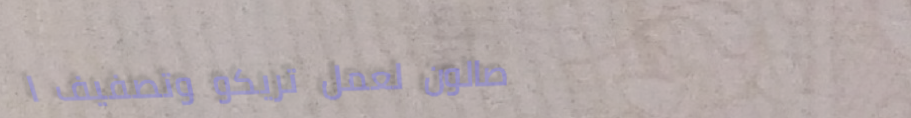
صالون لعمل تريكو وتصفيف ا